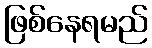
ဖြစ်နေရမည်